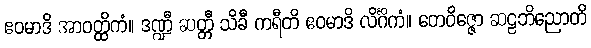
ဧဝမာဒိ အာဝတ္ထိကံ။ ဒဏ္ဍီ ဆတ္တီ သိခီ ကရီတိ ဧဝမာဒိ လိင်္ဂိကံ။ တေဝိဇ္ဇော ဆဠဘိညောတိ